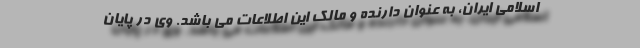
اسلامی ایران، به عنوان دارنده و مالک این اطلاعات می باشد. وی در پایان